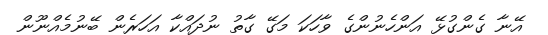
އޭނާ ގެންގުޅޭ އަންހެނުންގެ ވާހަކަ މަގޭ ގާތު ނުދައްކާ އަހަރެން ބޭނުމެއްނޫން